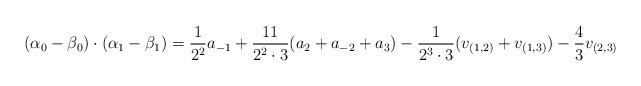
LaTeX: \begin{align*}(\alpha_0 - \beta_0) \cdot (\alpha_1 - \beta_1) = \frac{1}{2^2} a_{-1} + \frac{11}{2^2 \cdot 3}(a_2 + a_{-2} + a_3) - \frac{1}{2^3 \cdot 3}(v_{(1,2)} + v_{(1,3)}) - \frac{4}{3} v_{(2,3)} \end{align*}